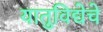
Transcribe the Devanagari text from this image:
यातुविद्येचे